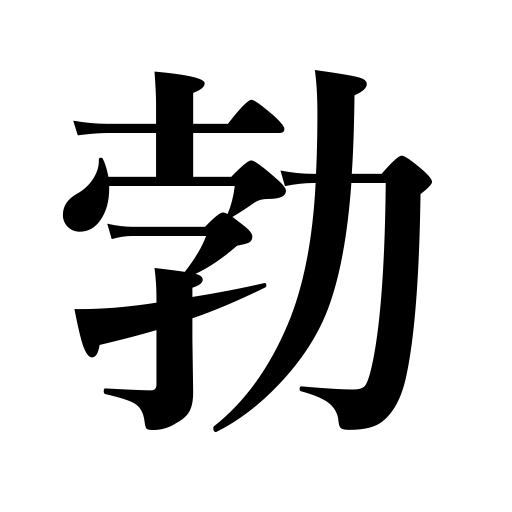
Meanings: rise,suddenness